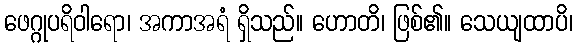
ဖေဂ္ဂုပရိဝါရော၊ အကာအရံ ရှိသည်။ ဟောတိ၊ ဖြစ်၏။ သေယျထာပိ၊